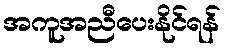
အကူအညီပေးနိုင်ရန်